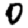
Digit: 0